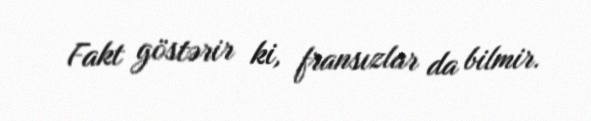
Fakt göstərir ki, fransızlar da bilmir.